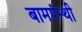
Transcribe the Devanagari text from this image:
बामपंन्थी